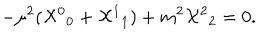
LaTeX: - \mu ^ { 2 } ( { { \cal X } ^ { 0 } } _ { 0 } + { { \cal X } ^ { 1 } } _ { 1 } ) + m ^ { 2 } { { \cal X } ^ { 2 } } _ { 2 } = 0 .